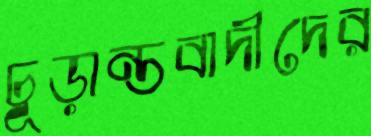
চূড়ান্তবাদীদের